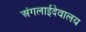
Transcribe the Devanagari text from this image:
अंगलाईदेवालय